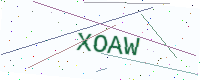
Text: XOAW